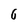
Character: 6